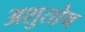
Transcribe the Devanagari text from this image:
अशुतोष